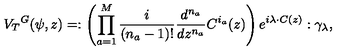
{ V _ { T } } ^ { G } ( \psi , z ) = : \left( \prod _ { a = 1 } ^ { M } { \frac { i } { ( n _ { a } - 1 ) ! } } { \frac { d ^ { n _ { a } } } { d z ^ { n _ { a } } } } C ^ { i _ { a } } ( z ) \right) e ^ { i \lambda \cdot C ( z ) } : \gamma _ { \lambda } ,